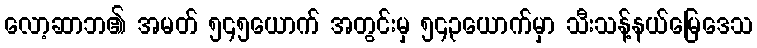
လော့ဆာဘ၏ အမတ် ၅၄၅ယောက် အတွင်းမှ ၅၄၃ယောက်မှာ သီးသန့်နယ်မြေဒေသ